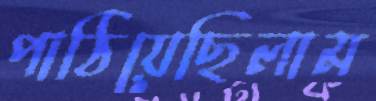
পাঠিয়েছিলাম